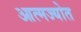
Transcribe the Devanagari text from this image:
आत्मज्योत